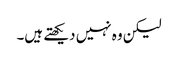
لیکن وہ نہیں دیکھتے ہیں۔